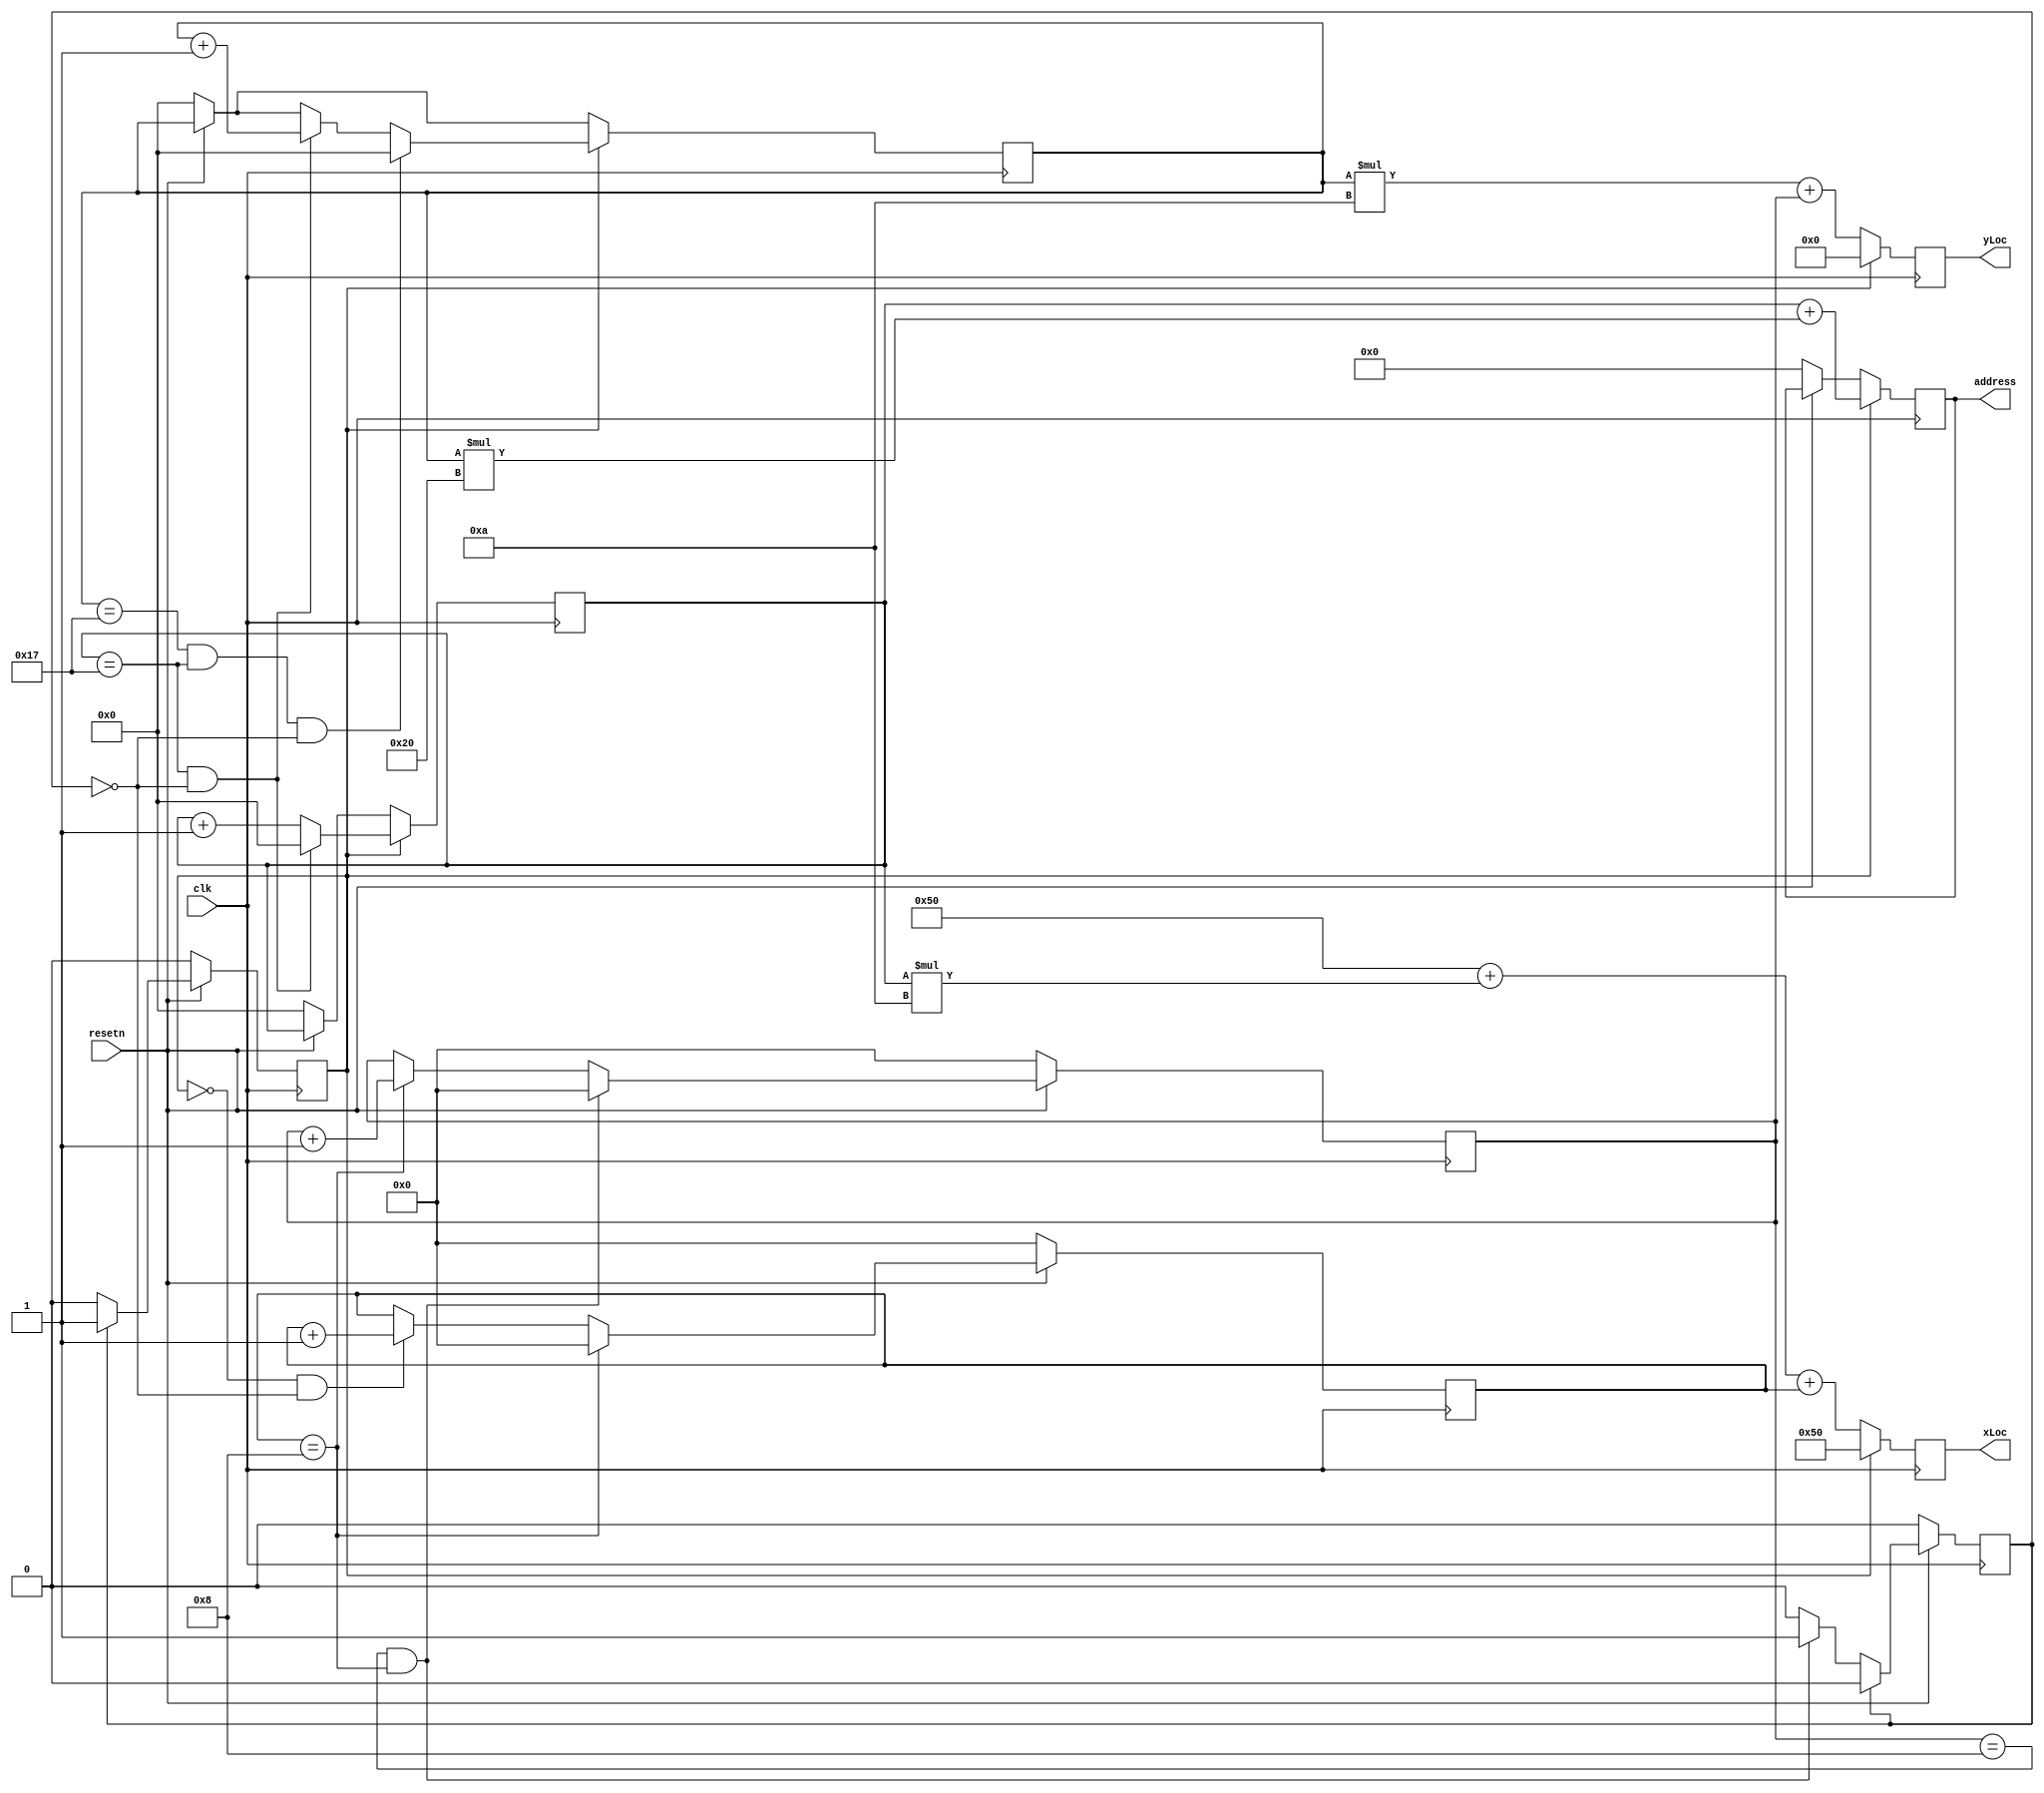
//completed : Nov 16  10:54

`timescale 1ns / 1ns

module maze_position_counter(
	input clk,
	input resetn,
	output reg [9:0] address,
	output reg [8:0] xLoc,
	output reg [8:0] yLoc
	//output reg [0:0] done
	);
	
	parameter xSize = 24, ySize = 24, boxSize = 9;
	reg [4:0] x,y;
	reg [3:0] countx;
	reg [3:0] county;
	reg doneBox, donep1;
	
	//increments access address
	always @(negedge clk) begin
		if (~resetn) begin
			x <= 5'b0;
			y <= 5'b0;
		end
		//if(~done) begin
			if (doneBox) begin
				if (x == xSize-1 && ~donep1) begin
					x <= 5'b0;
					y <= y + 1;
				end
				else
					x <= x + 1;
				if (y == ySize-1 && x == xSize-1 && ~donep1)
					y <= 5'b0;
			end
		//end
	end
	
	//finished condition
	always @(posedge clk) begin
		if (~resetn)
			address <= 10'b0;
		if (doneBox)
			address <= x + y*32;
	end
	
	//increments display location
	always @(posedge clk) begin
		if(~resetn) begin
			xLoc <= 9'd80;
			yLoc <= 9'b0;
			countx <= 5'b0;
			county <= 5'b0;
			doneBox <= 0;
			donep1 <= 0;
			//done <= 0;
		end
		else begin
			xLoc <= 9'd80;
			yLoc <= 9'b0;
			//if(xLoc == 319 && yLoc == 240)
				//done <= 1;
			
			//if(~done) begin
				if (countx == boxSize-1) begin
					countx <= 5'b0;
					county <= county + 1;
				end
				else begin
					if(~doneBox && ~donep1)
						countx <= countx + 1;
				end
					
				if (county == boxSize-1 && countx == boxSize-1) begin
					donep1 <= 1;
					county <= 5'b0;
				end
					
				if (donep1) begin
					donep1 <= 0;
					doneBox <= 1;
				end
							
				if (~donep1)
					doneBox <= 0;
				end
				
				if(~doneBox) begin
					xLoc <= 9'd80 + x*(boxSize+1) + countx;
					yLoc <= y*(boxSize+1) + county;
				end
			//end
	end
	
endmodule